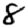
Digit: 8